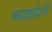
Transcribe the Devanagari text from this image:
व्याक्रोशीं